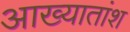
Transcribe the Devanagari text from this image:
आख्यातांश